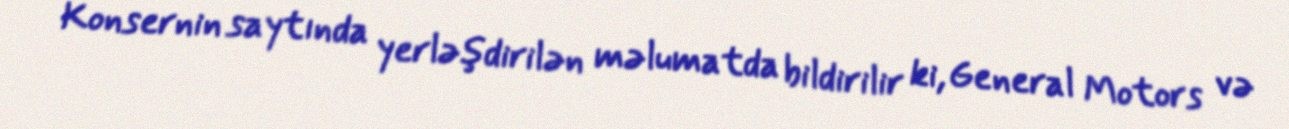
Konsernin saytında yerləşdirilən məlumatda bildirilir ki, General Motors və